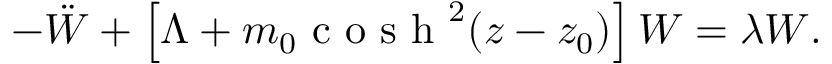
- \ddot { W } + \left[ \Lambda + m _ { 0 } \textrm { c o s h } ^ { 2 } ( z - z _ { 0 } ) \right] W = \lambda W .